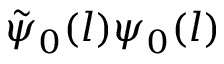
\tilde { \psi } _ { 0 } ( l ) \psi _ { 0 } ( l )